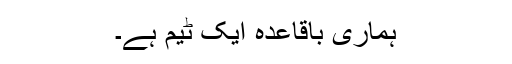
ہماری باقاعدہ ایک ٹیم ہے۔